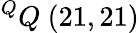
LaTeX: ^{Q}Q\ (21,21)